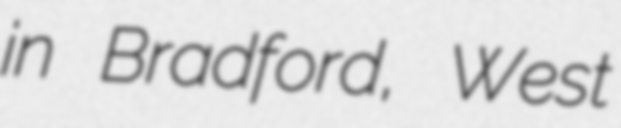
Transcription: in Bradford, West